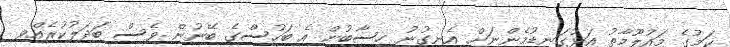
ކަމުގެ މައުލޫމާތު އަޅުގަނޑުމެންނަށް އެނގުނު ހިސާބުން އެ ބަހުސްގެ ބޭނުން ވެސް ބަދަލުކުރެއްވި